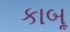
કાબૂ